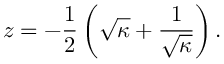
z = - \frac { 1 } { 2 } \left( \sqrt { \kappa } + \frac { 1 } { \sqrt { \kappa } } \right) .